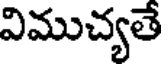
విముచ్యతే